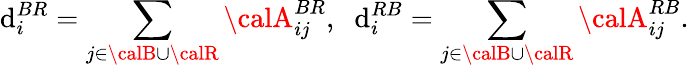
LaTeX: \mathrm{d}_{i}^{BR}=\sum_{j\in{\calB}\cup{\calR}}{\calA}_{ij}^{BR},\; \; \mathrm{d}_{i}^{RB}=\sum_{j\in{\calB}\cup{\calR}}{\calA}_{ij}^{RB}.